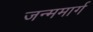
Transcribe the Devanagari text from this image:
जन्ममार्ग